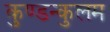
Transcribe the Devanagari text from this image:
कुण्डन्कुलम